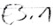
Text: E3.1